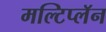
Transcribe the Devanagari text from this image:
मल्टिप्लॅन